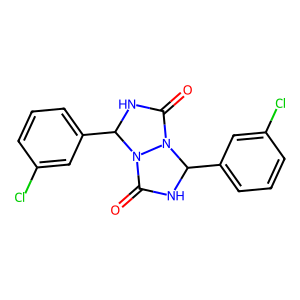
SMILES: O=C1NC(c2cccc(Cl)c2)N2C(=O)NC(c3cccc(Cl)c3)N12
Inhibits HIV replication: No